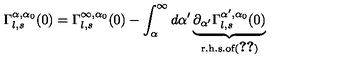
\Gamma _ { l , s } ^ { \alpha , \alpha _ { 0 } } ( 0 ) = \Gamma _ { l , s } ^ { \infty , \alpha _ { 0 } } ( 0 ) - \int _ { \alpha } ^ { \infty } d \alpha ^ { \prime } \underbrace { \partial _ { \alpha ^ { \prime } } \Gamma _ { l , s } ^ { \alpha ^ { \prime } , \alpha _ { 0 } } ( 0 ) } _ { \mathrm { r . h . s . o f ( \ref { f g 5 } ) } }